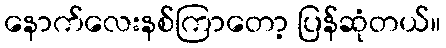
နောက်လေးနစ်ကြာတော့ ပြန်ဆုံတယ်။